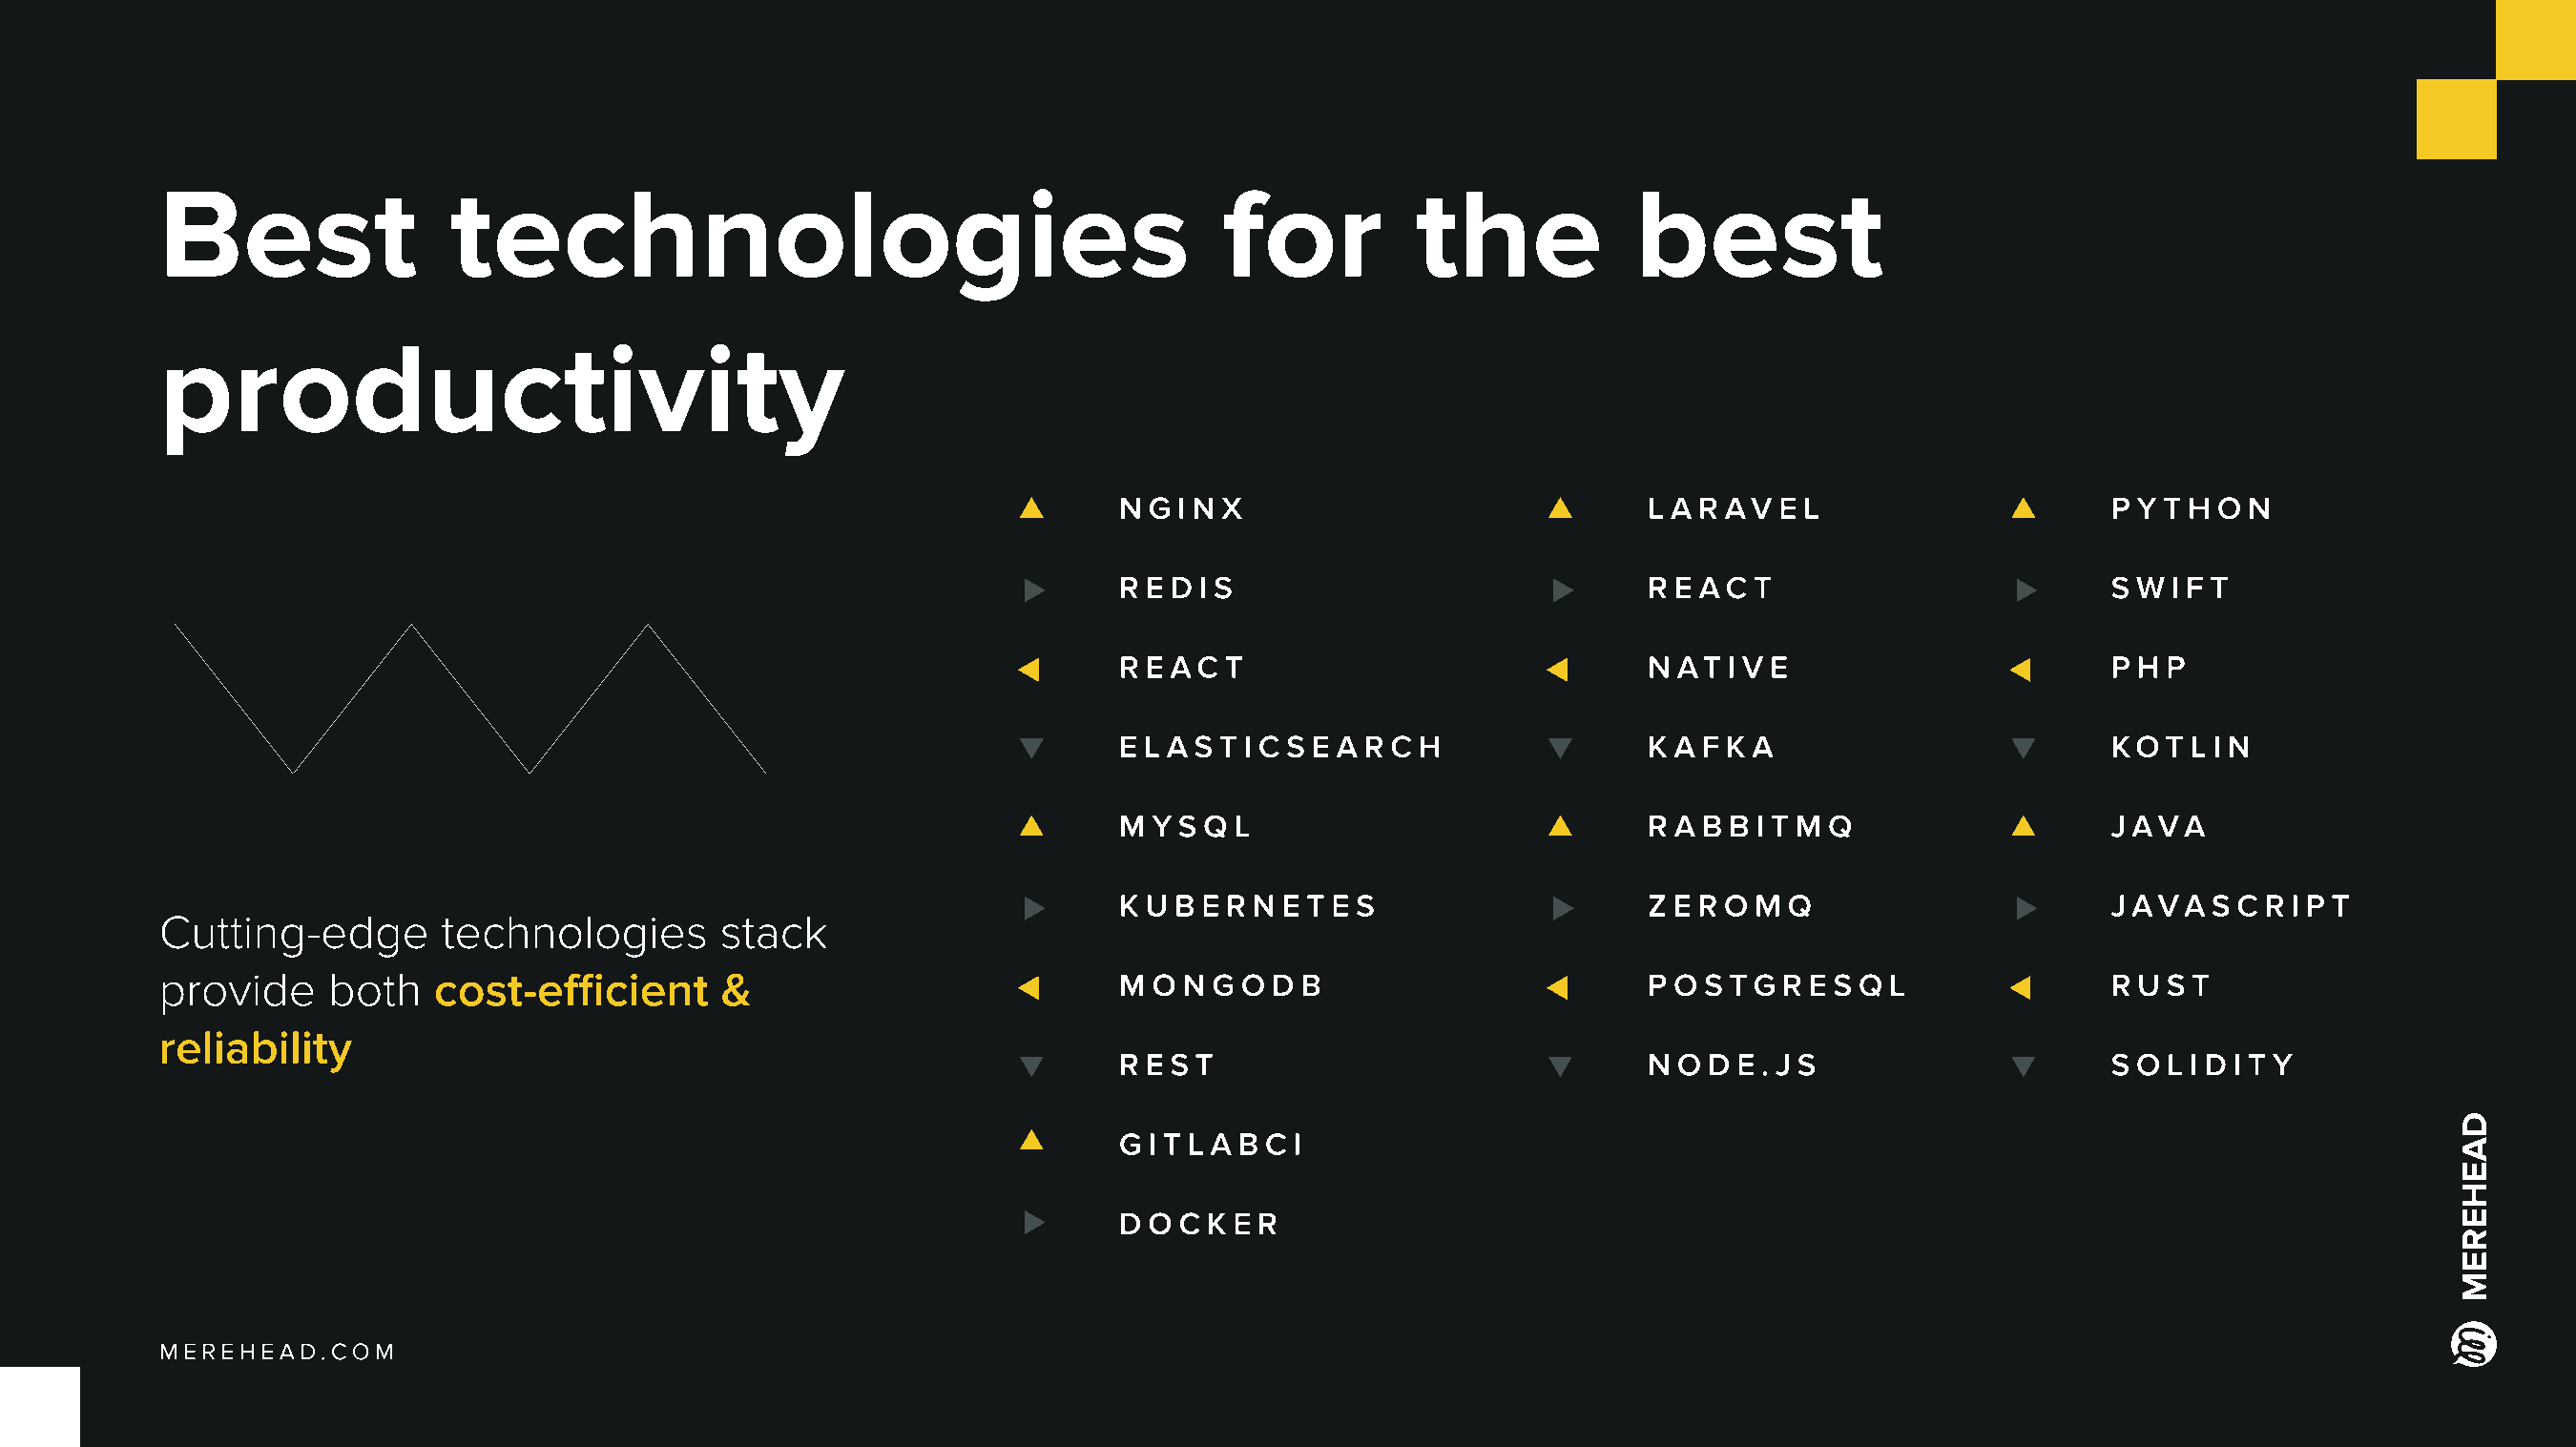
Best                technologies                                          for          the            best
 productivity
 N g i n x
 L a r av e l                    P y t h o n
 R e d i s                           R e ac  t
 S w  i f t
 R e ac t
 N at  i v e
 P H P
 E l a s t i c S e a r c h
 K a f k a                       Kot   l i n
 M yS Q  L                           R a b b i t M Q
 Java
 K u b e r n e t e s
 Z e r o M Q
 Java   S c r i p t
 Cutting-edge        technologies       stack
 provide     both   cost-efficient      &                           M o n g o D B
 P o s tg  r e S Q L
 R u s t
 reliability
 R E S T
 N o  d e . j s                  S o l i d i t y
 G i t l a b C I
 D o c k e r
 Merehead.com